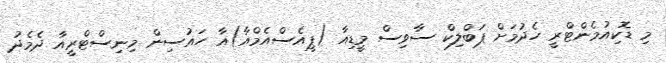
މި ޑޮކިއުމެންޓްރީ ހެދުމަށް ޕަބްލިކް ސާވިސް މީޑިއާ (ޕީއެސްއެމްއާ)އާ ހައުސިން މިނިސްޓްރީއާ ދެމެދު